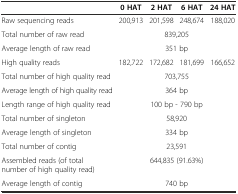
|  | 0 HAT | 2 HAT | 6 HAT | 24 HAT |
 | --- | --- | --- | --- | --- |
 | Raw sequencing reads | 200,913 | 201,598 | 248,674 | 188,020 |
 | Total number of raw read |  | <COLSPAN=2> 839,205 |  |
 | Average length of raw read |  | <COLSPAN=2> 351 bp |  |
 | High quality reads | 182,722 | 172,682 | 181,699 | 166,652 |
 | Total number of high quality read |  | <COLSPAN=2> 703,755 |  |
 | Average length of high quality read |  | <COLSPAN=2> 364 bp |  |
 | Length range of high quality read |  | <COLSPAN=2> 100 bp - 790 bp |  |
 | Total number of singleton |  | <COLSPAN=2> 58,920 |  |
 | Average length of singleton |  | <COLSPAN=2> 334 bp |  |
 | Total number of contig |  | <COLSPAN=2> 23,591 |  |
 | Assembled reads (of total number of high quality read) |  | <COLSPAN=2> 644,835 (91.63%) |  |
 | Average length of contig |  | <COLSPAN=2> 740 bp |  |